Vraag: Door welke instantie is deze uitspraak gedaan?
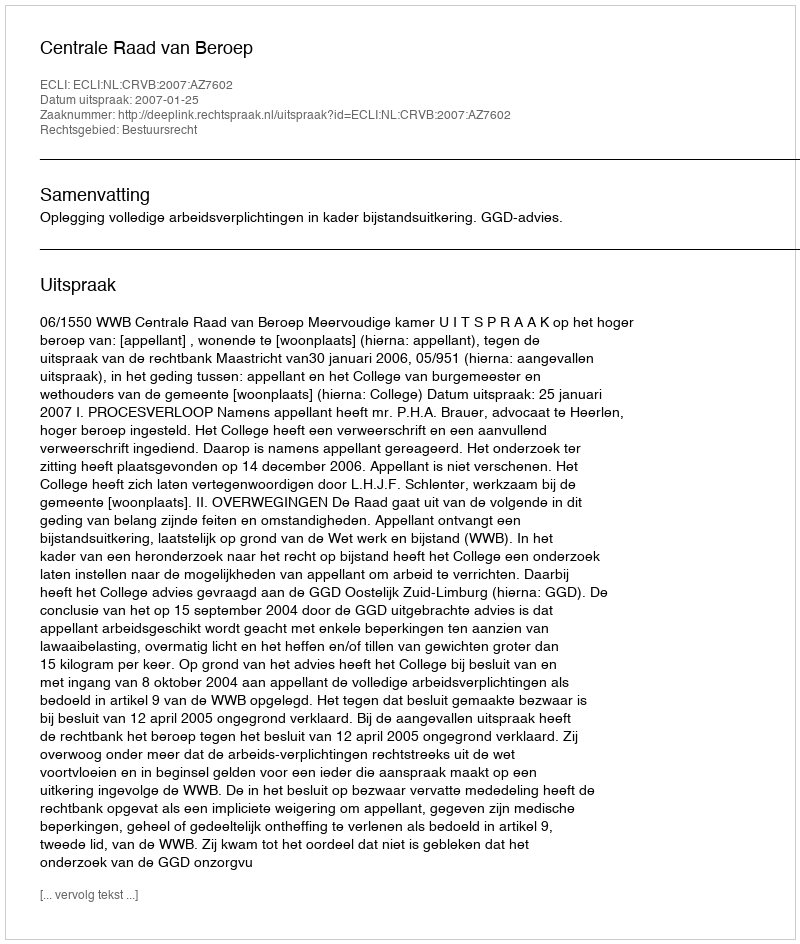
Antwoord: Centrale Raad van Beroep